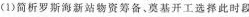
(1)简析罗斯海新站物资筹备、奠基开工选择此时段